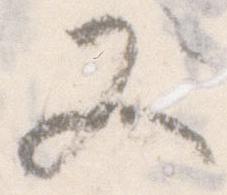
又